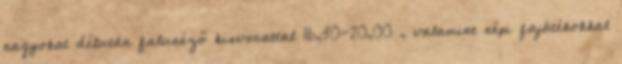
nagyokat délután falunéző kisvonattal 16,30-20,00 , valamint népi fajátékokkal